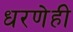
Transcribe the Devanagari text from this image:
धरणेही